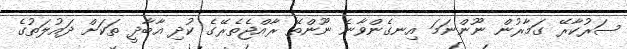
ސަރުކާރޭ ގަމާރުން ނޫންނަމަ އިނގެންވާނެ ނޫންތޭ ރާއްޖެތެރޭގެ ކުދި އާބާދީ ތަކަށް ދައުލަތުގެ